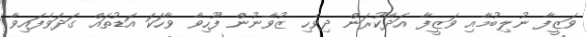
ވަޒީފާ ނުލިބުމާއި ވަޒީފާ އަދާކުރަން ދިވެހި ޒުވާނުން ފޫހިވާ ވާހަކަ އަޑުތައް ގަދަވެފައިވާ